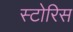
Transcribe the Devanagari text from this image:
स्टोरिस